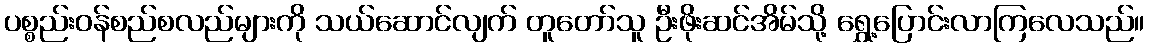
ပစ္စည်းဝန်စည်စလည်များကို သယ်ဆောင်လျက် တူတော်သူ ဦးဖိုးဆင်အိမ်သို့ ရွှေ့ပြောင်းလာကြလေသည်။